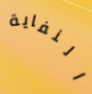
النفاية